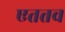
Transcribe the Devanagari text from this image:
एतत्तव